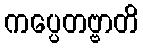
ကပ္ပေတဗ္ဗာတိ